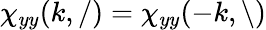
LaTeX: \chi_{yy}(k,/)=\chi_{yy}(-k,\backslash)